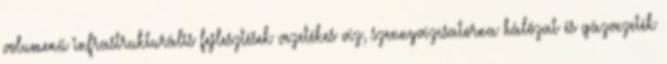
volumenű infrastrukturális fejlesztések vezetékes víz, szennyvízcsatorna hálózat és gázvezeték